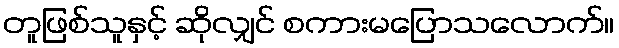
တူဖြစ်သူနှင့် ဆိုလျှင် စကားမပြောသလောက်။